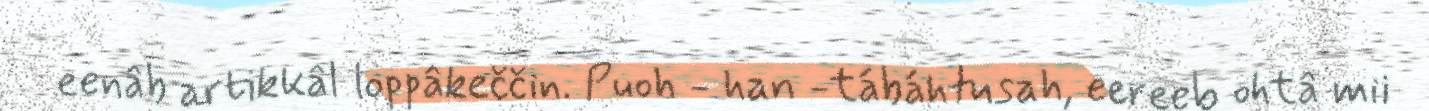
eenâb artikkâl loppâkeččin. Puoh - han -tábáhtusah, eereeb ohtâ mii